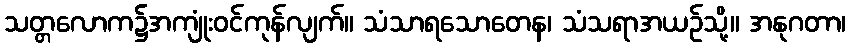
သတ္တလောက၌အကျုံးဝင်ကုန်လျက်။ သံသာရသောတေန၊ သံသရာအယဉ်သို့။ အနုဂတာ၊